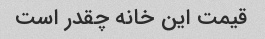
قیمت این خانه چقدر است